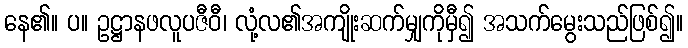
နေ၏။ ပ။ ဥဋ္ဌာနဖလူပဇီဝီ၊ လုံ့လ၏အကျိုးဆက်မျှကိုမှီ၍ အသက်မွေးသည်ဖြစ်၍။